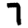
Digit: 7